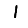
Digit: 1